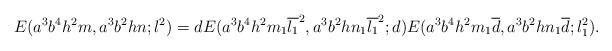
LaTeX: \begin{align*} E(a^3b^4h^2m,a^3b^2hn;l^2)=dE(a^3b^4h^2m_1\overline{l_1}^2,a^3b^2hn_1\overline{l_1}^2;d)E(a^3b^4h^2m_1\overline{d},a^3b^2hn_1\overline{d};l_1^2).\end{align*}